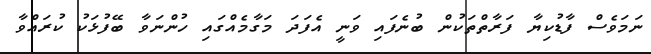
ނަމަވެސް ފާޑުކިޔާ ފަރާތްތަކުން ބުނެފައި ވަނީ އެފަދަ މަގާމެއްގައި ހުންނަވާ ބޭފުޅަކު ކުރައްވާ